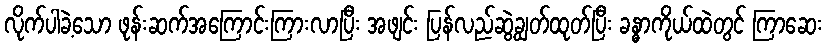
လိုက်ပါခဲ့သော ဖုန်းဆက်အကြောင်းကြားလာပြီး အဖျင်း ပြန်လည်ဆွဲချွတ်ထုတ်ပြီး ခန္ဓာကိုယ်ထဲတွင် ကြာဆေး